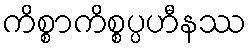
ကိစ္စာကိစ္စပ္ပဟီနဿ